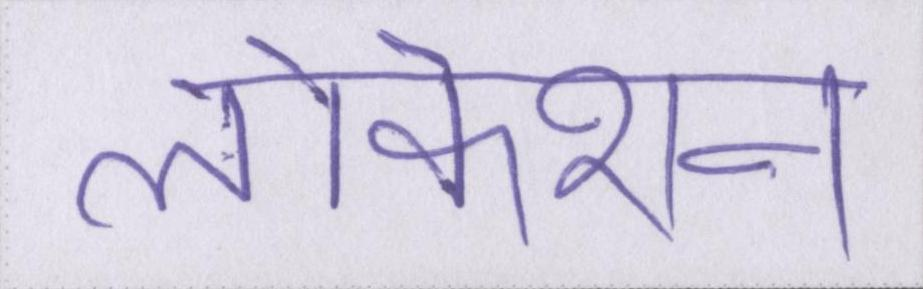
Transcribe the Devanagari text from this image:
लोकेशन